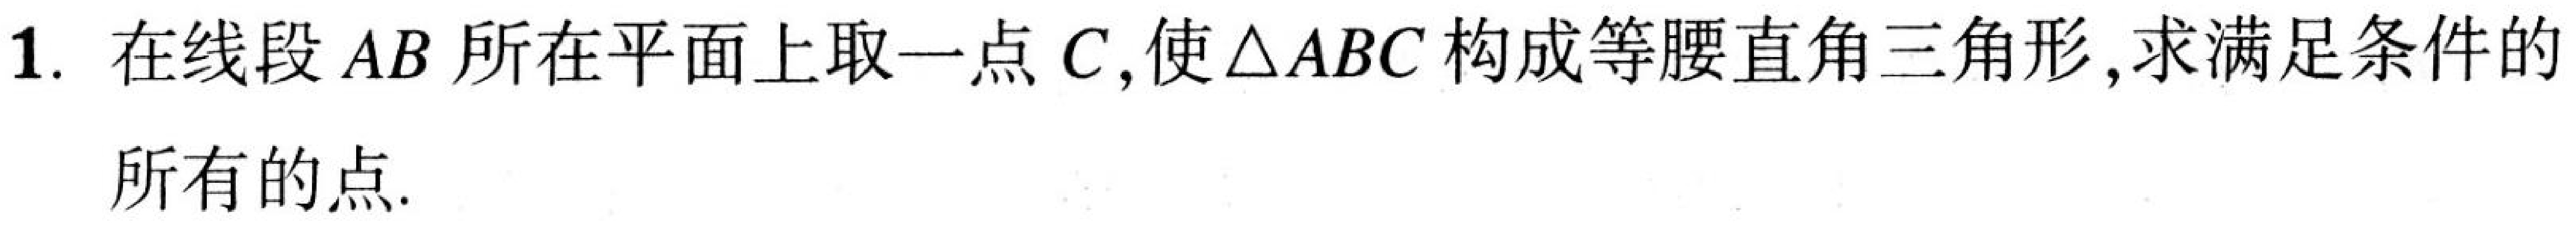
1. 在线段\(AB\)所在平面上取一点\(C\)，使\(\triangle ABC\)构成等腰直角三角形，求满足条件的所有的点.